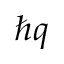
\hbar q